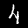
Label: 4